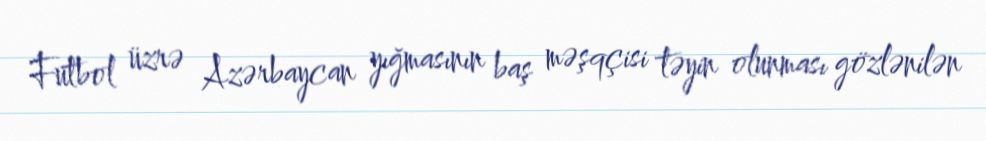
Futbol üzrə Azərbaycan yığmasının baş məşqçisi təyin olunması gözlənilən